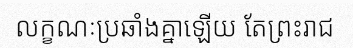
លក្ខណៈប្រឆាំងគ្នាឡើយ តែព្រះរាជ